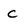
Character: C